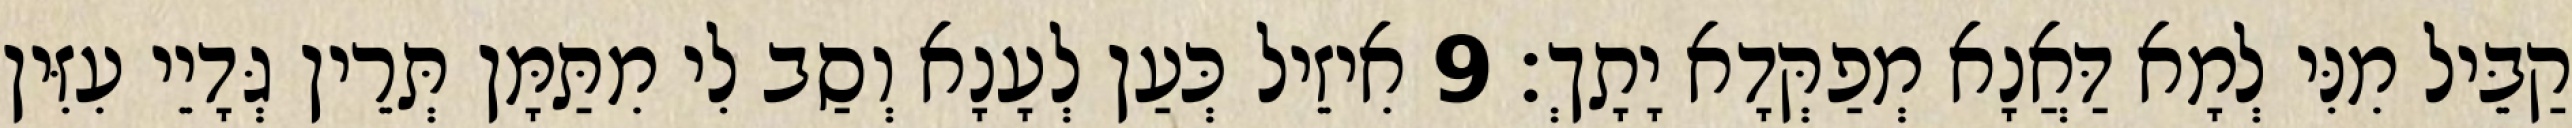
קַבֵּיל מִנִּי לְמָא דַּאֲנָא מְפַקְּדָא יָתָךְ׃ 9 אִיזֵיל כְּעַן לְעָנָא וְסַב לִי מִתַּמָּן תְּרֵין גְּדָיֵי עִזִּין